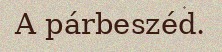
A párbeszéd.